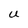
Character: U